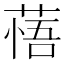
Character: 𦷮